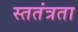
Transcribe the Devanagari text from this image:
स्ततंत्रता